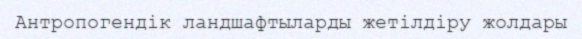
Антропогендік ландшафтыларды жетілдіру жолдары